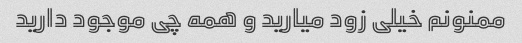
ممنونم خیلی زود میارید و همه چی موجود دارید